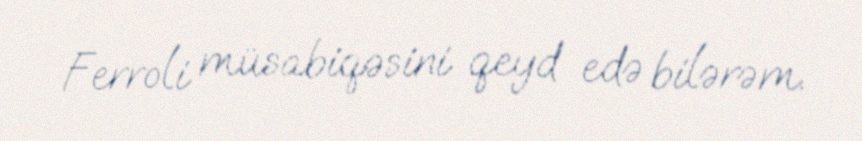
Ferroli müsabiqəsini qeyd edə bilərəm.